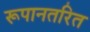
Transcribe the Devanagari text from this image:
रूपानतरित